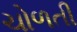
ચોળતી